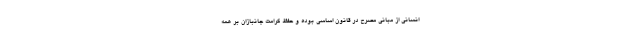
انسانی از مبانی مصرح در قانون اساسی بوده و حفظ کرامت جانبازان بر همه